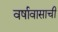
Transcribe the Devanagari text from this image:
वर्षावासाची